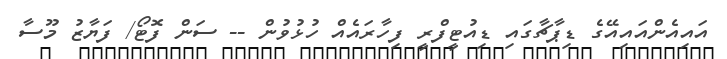
އައިއެންއައިއޭގެ ޑިޕާޗާގައި ޑިއުޓީފްރީ ފިހާރައެއް ހުޅުވުން -- ސަން ފޮޓޯ/ ފަޔާޒު މޫސާ